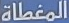
المغطاة